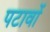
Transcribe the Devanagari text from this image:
पटावों